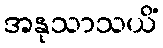
အနုသာသယိံ